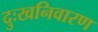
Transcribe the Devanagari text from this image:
दुःखनिवारण